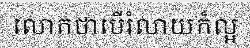
លោកថាបើរំលាយក៏ល្អ